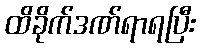
ထိခိုက်ဒဏ်ရာရပြီး